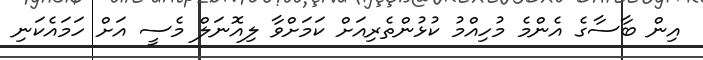
އިން ބާސާގެ އެންމެ މުހިއްމު ކުޅުންތެރިއަށް ކަމަށްވާ ލިއޮނަލް މެސީ އަށް ހަމައެކަނި